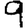
Digit: 9